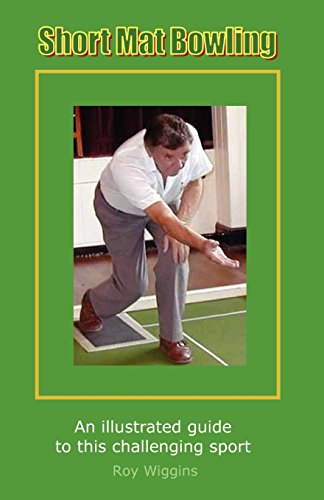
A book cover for Short Mat Bowling (2nd Edition) - An illustrated guide to this challenging sport; Roy Wiggins; Sports & Outdoors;